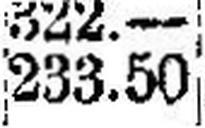
233.50